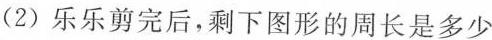
(2)乐乐剪完后，剩下图形的周长是多少